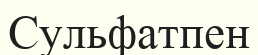
Сульфатпен